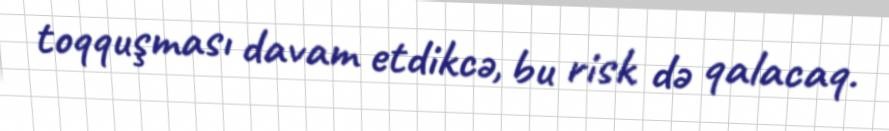
toqquşması davam etdikcə, bu risk də qalacaq.